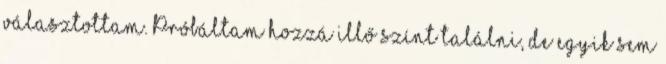
választottam. Próbáltam hozzá illő színt találni, de egyik sem